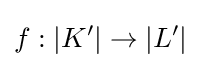
f:|K'|\to |L'|